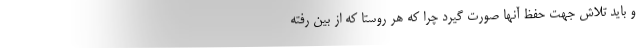
و باید تلاش جهت حفظ آنها صورت گیرد چرا که هر روستا که از بین رفته